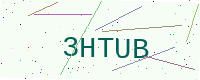
Text: 3HTUB